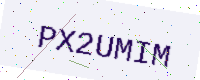
Text: PX2UMIM